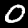
Digit: 0